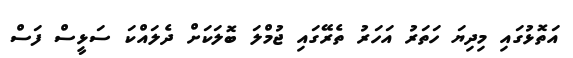
އަތޮޅުގައި މިދިޔަ ހަތަރު އަހަރު ތެރޭގައި ޖުމްލަ ބޮލަކަށް ދެލައްކަ ސަޅީސް ފަސް